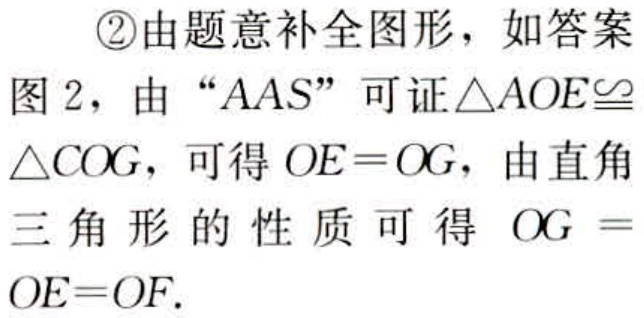
\textcircled{2}由题意补全图形，如答案图 2，由“AAS”可证\(\triangle AOE\cong\triangle COG\)，可得\(OE = OG\)，由直角三角形的性质可得 \(OG = OE=OF\).